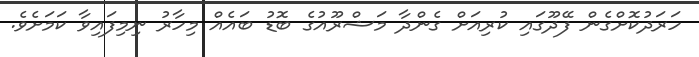
ހަރަދުކޮށްގެން ފޭދޫގައި ކުރިއަށް ގެންދާ މަޝްރޫއުގެ ބޮޑު ބައެއްް މިހާރު ނިމިފައިވާ ކަމަށެވެ.